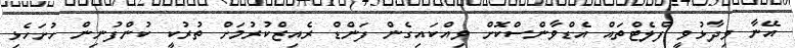
އޭނާ ވިދާޅުވީ ފްލެޓްތައް އެޑްވާންސްކޮށް ވިއްކައިގެން ފަންޑް ރެއިޒްކުރުމަށް ތުރުކީ ކުންފުނިން ހުށަހެޅި